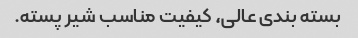
بسته بندی عالی، کیفیت مناسب شیر پسته.